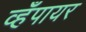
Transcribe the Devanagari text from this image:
व्हँपायर